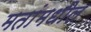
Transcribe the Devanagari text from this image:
मतांमधील